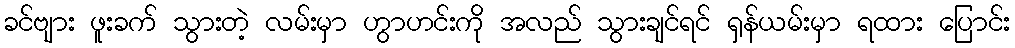
ခင်ဗျား ဖူးခက် သွားတဲ့ လမ်းမှာ ဟွာဟင်းကို အလည် သွားချင်ရင် ရှန်ယမ်းမှာ ရထား ပြောင်း